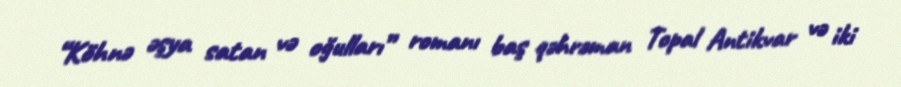
“Köhnə əşya satan və oğulları” romanı baş qəhrəman Topal Antikvar və iki